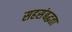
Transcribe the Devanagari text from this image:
सहसंबद्धता